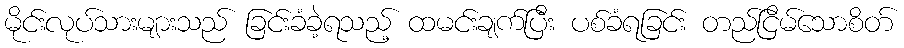
မိုင်းလုပ်သားများသည် ခြင်းခံခဲ့ရသည့် ထမင်းချက်ပြီး ပစ်ခံရခြင်း တည်ငြိမ်သောစိတ်